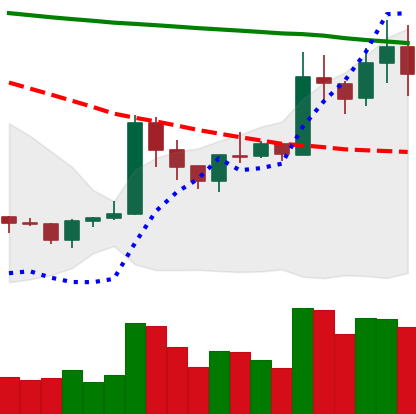
Ticker: XRP-USD
Chart end date: 2020-01-19
Forward return: -5.325%
Label: down_5_7